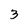
Character: 3